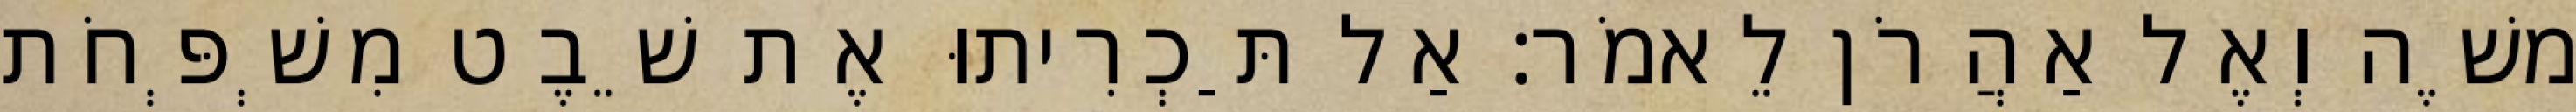
משֶׁה וְאֶל אַהֲרֹן לֵאמֹר׃ אַל תַּכְרִיתוּ אֶת שֵׁבֶט מִשְׁפְּחֹת